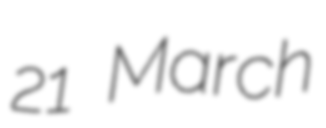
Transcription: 21 March